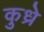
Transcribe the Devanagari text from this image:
कुध्रे